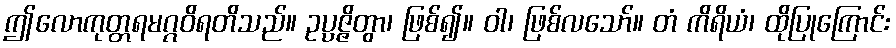
ဤလောကုတ္တရမဂ္ဂဝိရတိသည်။ ဥပ္ပဇ္ဇိတွာ၊ ဖြစ်၍။ ဝါ၊ ဖြစ်လသော်။ တံ ကိရိယံ၊ ထိုပြုကြောင်း